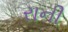
રાની